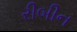
રીબીન